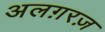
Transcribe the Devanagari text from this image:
अलग़रज़